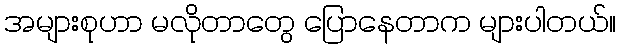
အများစုဟာ မလိုတာတွေ ပြောနေတာက များပါတယ်။